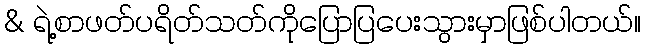
& ရဲ့စာဖတ်ပရိတ်သတ်ကိုပြောပြပေးသွားမှာဖြစ်ပါတယ်။